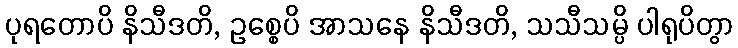
ပုရတောပိ နိသီဒတိ, ဥစ္စေပိ အာသနေ နိသီဒတိ, သသီသမ္ပိ ပါရုပိတွာ